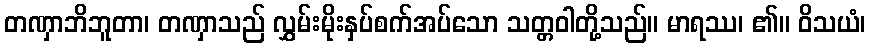
တဏှာဘိဘူတာ၊ တဏှာသည် လွှမ်းမိုးနှပ်စက်အပ်သော သတ္တဝါတို့သည်။ မာရဿ၊ ၏။ ဝိသယံ၊